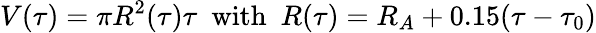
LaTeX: V(\tau)=\pi R^{2}(\tau)\tau~~\mathrm{with}~~R(\tau)=R_{A}+0.15(\tau-\tau_{0})